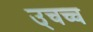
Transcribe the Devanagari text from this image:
उ्चच्च